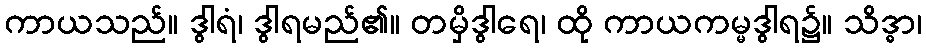
ကာယသည်။ ဒွါရံ၊ ဒွါရမည်၏။ တမှိဒွါရေ၊ ထို ကာယကမ္မဒွါရ၌။ သိဒ္ဓာ၊